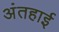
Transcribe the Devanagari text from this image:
अंतहाई